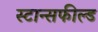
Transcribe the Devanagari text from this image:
स्टान्सफील्ड